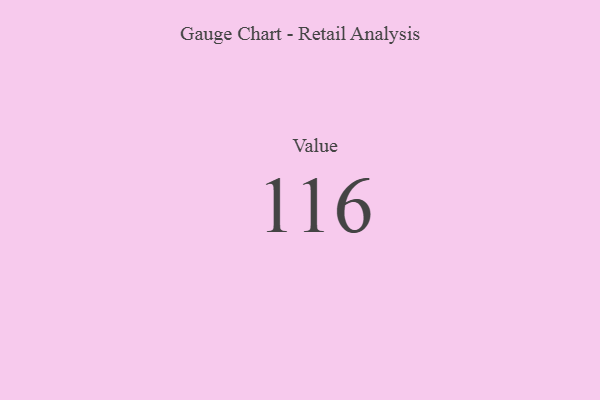
{"axis": {"x": "Metric", "y": "Value"}, "legend": [""], "data": [{"x": "Value", "y": 116, "type": ""}]}